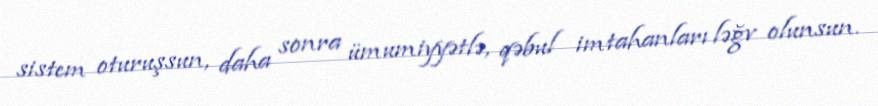
sistem oturuşsun, daha sonra ümumiyyətlə, qəbul imtahanları ləğv olunsun.